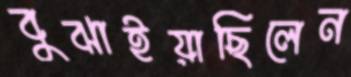
বুঝাইয়াছিলেন